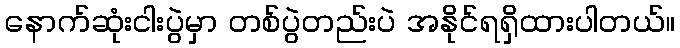
နောက်ဆုံးငါးပွဲမှာ တစ်ပွဲတည်းပဲ အနိုင်ရရှိထားပါတယ်။